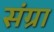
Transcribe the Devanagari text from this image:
संग्रा